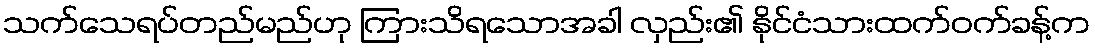
သက်သေရပ်တည်မည်ဟု ကြားသိရသောအခါ လှည်း၏ နိုင်ငံသားထက်ဝက်ခန့်က